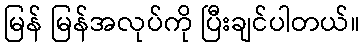
မြန် မြန်အလုပ်ကို ပြီးချင်ပါတယ်။